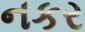
નકર